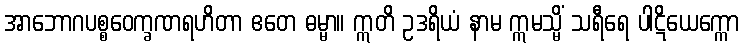
အာဘောဂပစ္စဝေက္ခဏရဟိတာ ဧတေ ဓမ္မာ။ ဣတိ ဥဒရိယံ နာမ ဣမသ္မိံ သရီရေ ပါဋိယေက္ကော